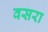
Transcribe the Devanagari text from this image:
वसरा